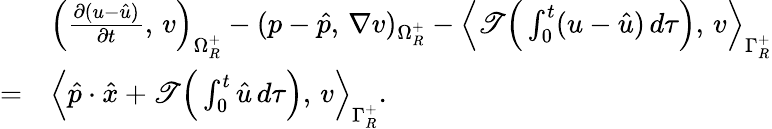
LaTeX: \begin{array}{r}{\begin{array}{rl}&{\Big(\frac{\partial(u-\hat{u})}{\partial t},\, v\Big)_{\Omega_{R}^{+}}-(p-\hat{p},\, \nabla v)_{\Omega_{R}^{+}}-\Big\langle\mathscr{T}\Big(\int_{0}^{t}(u-\hat{u})\, d\tau\Big),\, v\Big\rangle_{\Gamma_{R}^{+}}}\\ {=}&{\Big\langle\hat{p}\cdot\hat{x}+\mathscr{T}\Big(\int_{0}^{t}\hat{u}\, d\tau\Big),\, v\Big\rangle_{\Gamma_{R}^{+}}.}\end{array}}\end{array}